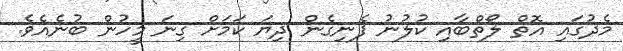
މެދުގައި އޮތް ލޯތްބާއި ކުލުނު ފެނިގެން ދިޔަ ކަމަށް ގިނަ މީހުން ބުނެއެވެ.